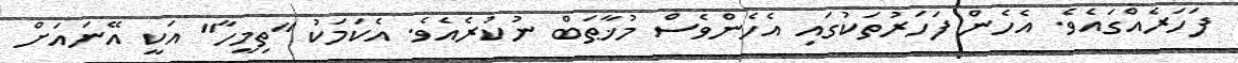
ފަހަރެއްގައެވެ. އެހެން ފަހަރުތަކުގައި އެހެންވެސް މުޚާޠަބް ނުކުރެއެވެ. އެކަމަކު "ތިމީހާ" އަކީ އޭނައަށް